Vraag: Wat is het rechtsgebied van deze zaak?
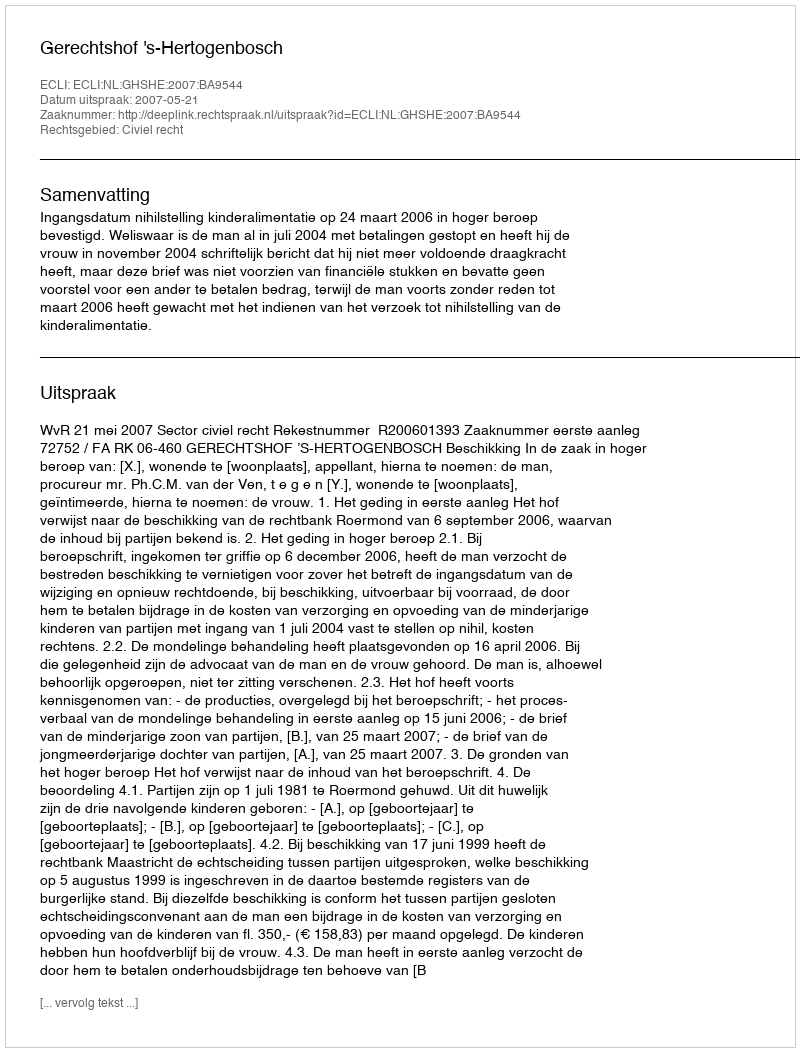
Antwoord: Civiel recht